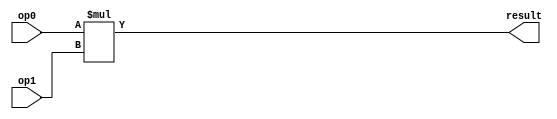

module top(input [9:0] op0, input [9:0] op1, output [19:0] result);
    assign result = op0 * op1;
endmodule

module top_large(input [19:0] op0, input [19:0] op1, output [39:0] result);
    assign result = op0 * op1;
endmodule